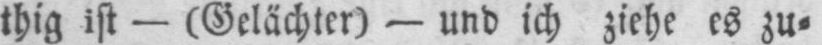
thig ist - (Gelächter) - und ich ziehe es zu⸗